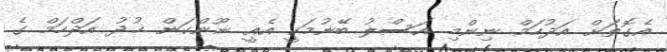
އެގޮތަށް އަދުހަމް ނިންމި އަސްލު ބޭނުމަކީ އެއީ ނޫންކަން ޚުދު އަދްހަމް ގެ